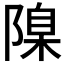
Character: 𨻄